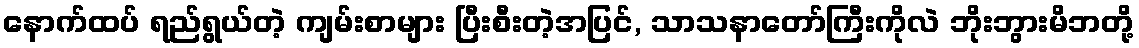
နောက်ထပ် ရည်ရွယ်တဲ့ ကျမ်းစာများ ပြီးစီးတဲ့အပြင်, သာသနာတော်ကြီးကိုလဲ ဘိုးဘွားမိဘတို့